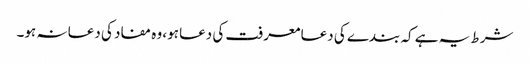
شرط یہ ہے کہ بندے کی دعا معرفت کی دعا ہو، وہ مفاد کی دعا نہ ہو۔